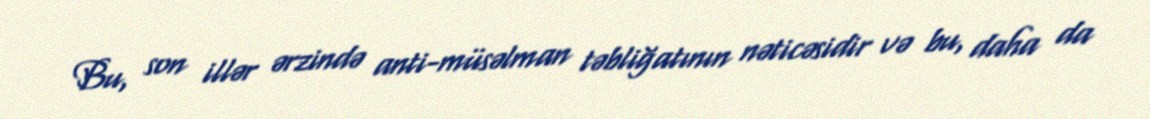
Bu, son illər ərzində anti-müsəlman təbliğatının nəticəsidir və bu, daha da